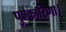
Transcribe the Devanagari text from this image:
पुण्कारिणा।